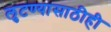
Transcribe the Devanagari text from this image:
लुटण्यासाठीही